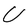
Character: U